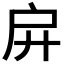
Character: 𢨬